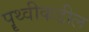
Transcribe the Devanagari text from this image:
पॄथ्वीकडील